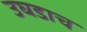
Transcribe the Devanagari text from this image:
उघडाच